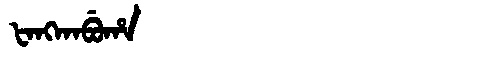
Manchu: ᡶᠠᠩᡴᠠᠪᡠᡥᠠ
Romanization: FANGKABUHA